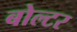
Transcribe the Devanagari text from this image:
बोल्टर